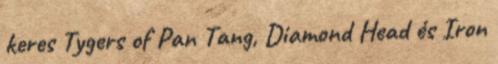
keres Tygers of Pan Tang, Diamond Head és Iron